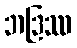
ဘဒြဿ